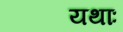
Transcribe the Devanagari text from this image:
यथाः